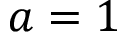
a = 1